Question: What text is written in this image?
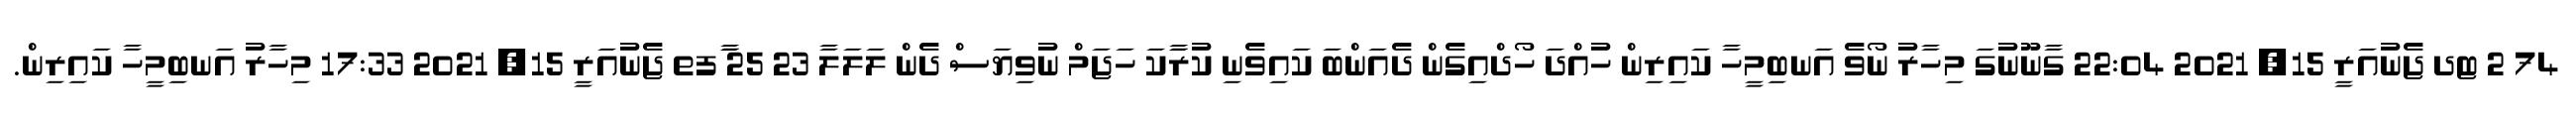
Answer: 74 2 ޓދ ޖެނުއަރީ 15, 2021 22:04 ގާނޫނުގަ މިހާރު ނޯވެ އަނބިމީހާ ކައިރިން ހުއްދަ ހޯދްއިގެން ދެއަންބަ ކައިވެނި ކުރަާކަ ހަޖަމް ނުވިޔަސް ދެން ލަލަލާ 23 25 ާަފތ ޖެނުއަރީ 15, 2021 17:33 މިހާރު އަނބިމީހާ ކައިރިން.